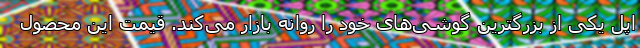
اپل یکی از بزرگترین گوشی‌های خود را روانه بازار می‌کند. قیمت این محصول